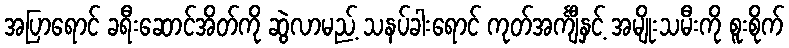
အပြာရောင် ခရီးဆောင်အိတ်ကို ဆွဲလာမည့် သနပ်ခါးရောင် ကုတ်အင်္ကျီနှင့် အမျိုးသမီးကို စူးစိုက်